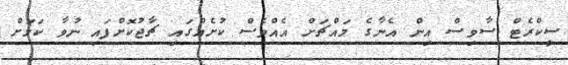
ސީކްރެޓް ސާވިސް އިން އެނާގެ މައްޗަށް އެއްވެސް ކުށެއްގައި ޗާޖުކޮށްފައި ނުވާ ކަމަށް